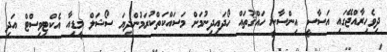
ދިވެހިރާއްޖޭގައި އަސާސީ އިންސާނީ ހައްޤުތައް ހޯދައިދިނުމަށް މަސައްކަތްކުރަމުންދިޔަ ސޯޝަލް މީޑިއާ އެކްޓިވިސްޓް އަދި